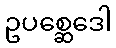
ဥပစ္ဆေဒေါ